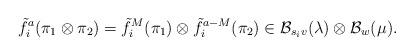
LaTeX: \begin{align*}\tilde{f}_i^a(\pi_1 \otimes \pi_2) = \tilde{f}_i^M(\pi_1) \otimes \tilde{f}_i^{a-M}(\pi_2) \in \mathcal{B}_{s_i v}(\lambda) \otimes \mathcal{B}_w(\mu).\end{align*}